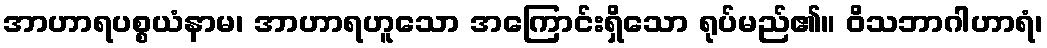
အာဟာရပစ္စယံနာမ၊ အာဟာရဟူသော အကြောင်းရှိသော ရုပ်မည်၏။ ဝိသဘာဂါဟာရံ၊